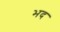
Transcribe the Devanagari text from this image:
भद